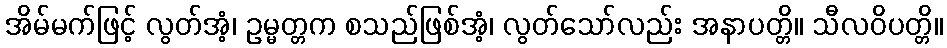
အိမ်မက်ဖြင့် လွတ်အံ့၊ ဥမ္မတ္တက စသည်ဖြစ်အံ့၊ လွတ်သော်လည်း အနာပတ္တိ။ သီလဝိပတ္တိ။